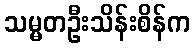
သမ္မတဦးသိန်းစိန်က